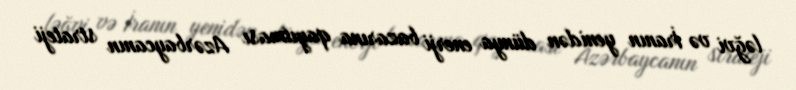
ləğvi və İranın yenidən dünya enerji bazarına qayıtması Azərbaycanın strateji